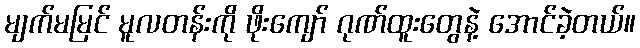
မျက်မမြင် မူလတန်းကို ဖိုးကျော် ဂုဏ်ထူးတွေနဲ့ အောင်ခဲ့တယ်။